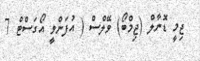
ޖިމީ ޑޮނާލް (ޖިމްބޯ) ވޭލްސް ( އުފަންވީ އޯގަސްޓް 7